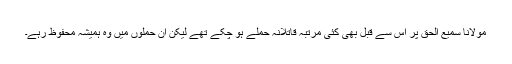
مولانا سمیع الحق پر اس سے قبل بھی کئی مرتبہ قاتلانہ حملے ہو چکے تھے لیکن ان حملوں میں وہ ہمیشہ محفوظ رہے۔